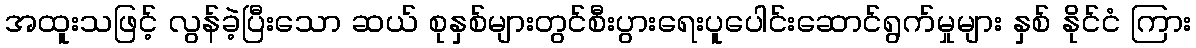
အထူးသဖြင့် လွန်ခဲ့ပြီးသော ဆယ် စုနှစ်များတွင်စီးပွားရေးပူပေါင်းဆောင်ရွက်မှုများ နှစ် နိုင်ငံ ကြား